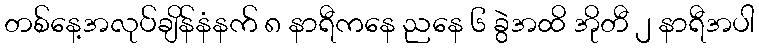
တစ်နေ့အလုပ်ချိန်နံနက် ၈ နာရီကနေ ညနေ ၆ ခွဲအထိ အိုတီ ၂ နာရီအပါ